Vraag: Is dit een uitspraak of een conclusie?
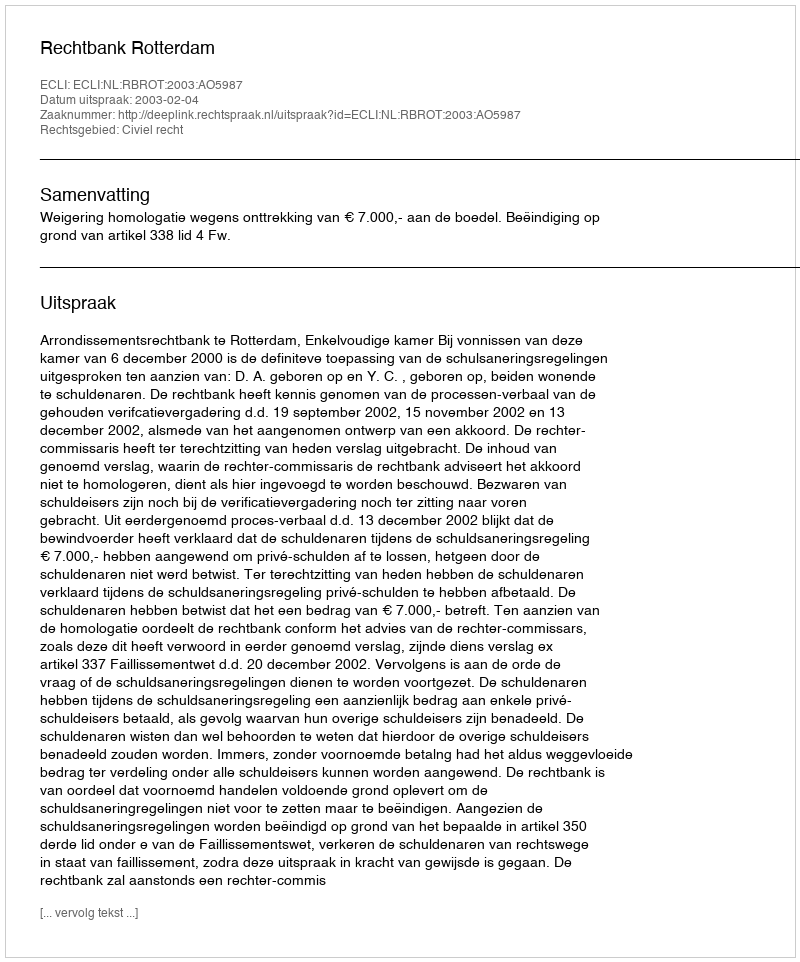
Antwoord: Uitspraak